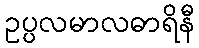
ဥပ္ပလမာလဓာရိနီ